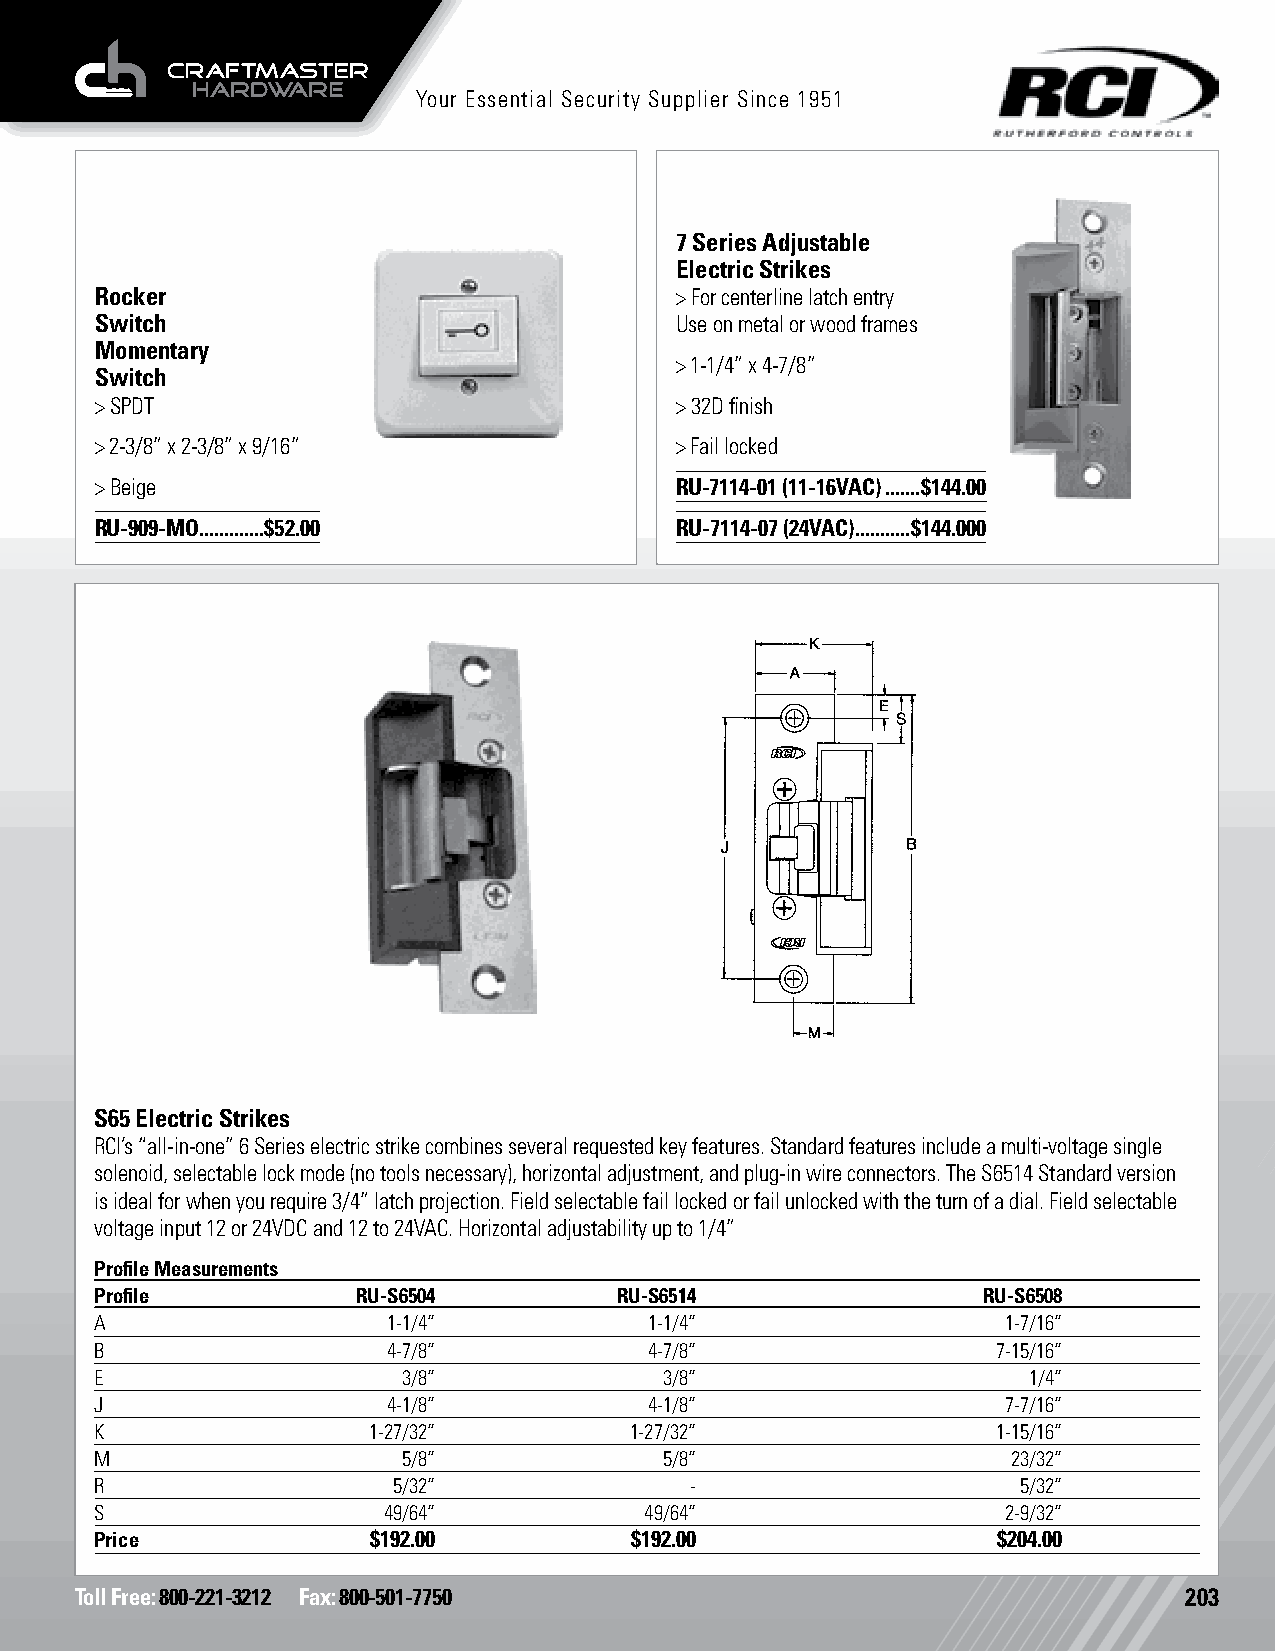
Your Essential Security Supplier Since 1951
 7 Series Adjustable
 Electric Strikes
 Rocker                                 > For centerline latch entry
 Switch                                 Use on metal or wood frames
 Momentary
 > 1-1/4” x 4-7/8”
 Switch
 > SPDT                                 > 32D finish
 > 2-3/8” x 2-3/8” x 9/16”              > Fail locked
 > Beige                                RU-7114-01 (11-16VAC) .......$144.00
 RU-909-MO.............$52.00           RU-7114-07 (24VAC) ...........$144.000
 S65 Electric Strikes
 RCI’s “all-in-one” 6 Series electric strike combines several requested key features. Standard features include a multi-voltage single
 solenoid, selectable lock mode (no tools necessary), horizontal adjustment, and plug-in wire connectors. The S6514 Standard version
 is ideal for when you require 3/4” latch projection. Field selectable fail locked or fail unlocked with the turn of a dial. Field selectable
 voltage input 12 or 24VDC and 12 to 24VAC. Horizontal adjustability up to 1/4”
 Profile Measurements
 Profile           RU-S6504         RU-S6514                RU-S6508
 A                   1-1/4”           1-1/4”                  1-7/16”
 B                   4-7/8”           4-7/8”                 7-15/16”
 E                    3/8”             3/8”                    1/4”
 J                   4-1/8”           4-1/8”                  7-7/16”
 K                 1-27/32”          1-27/32”                1-15/16”
 M                    5/8”             5/8”                   23/32”
 R                   5/32”               -                     5/32”
 S                  49/64”            49/64”                  2-9/32”
 Price              $192.00          $192.00                 $204.00
 Toll Free: 800-221-3212 Fax: 800-501-7750                                203